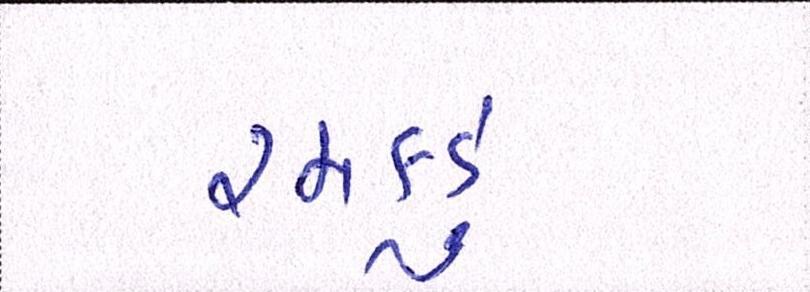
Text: રમકડું